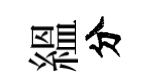
緼分